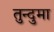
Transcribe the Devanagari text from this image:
तुन्दुमा